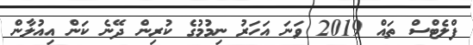
ފްލެޓްްސް ތައް 2019 ވަނަ އަހަރު ނިމުމުގެ ކުރިން ދޭނެ ކަން އިއުލާން